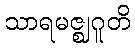
သာရမဇ္ဈဂူတိ